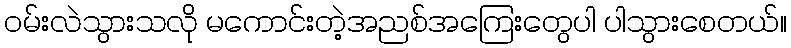
ဝမ်းလဲသွားသလို မကောင်းတဲ့အညစ်အကြေးတွေပါ ပါသွားစေတယ်။